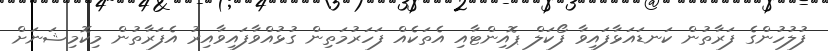
ފުލުހުންގެ ފަރާތުން ކަނޑައަޅާފައިވާ ފޯކަލް ޕޮއިންޓާއި އެތަކެއް ފަހަރުމަތިން ގުޅުއްވާފައިވާއިރު އެފަރާތުން މިކޮމިޝަނަށް